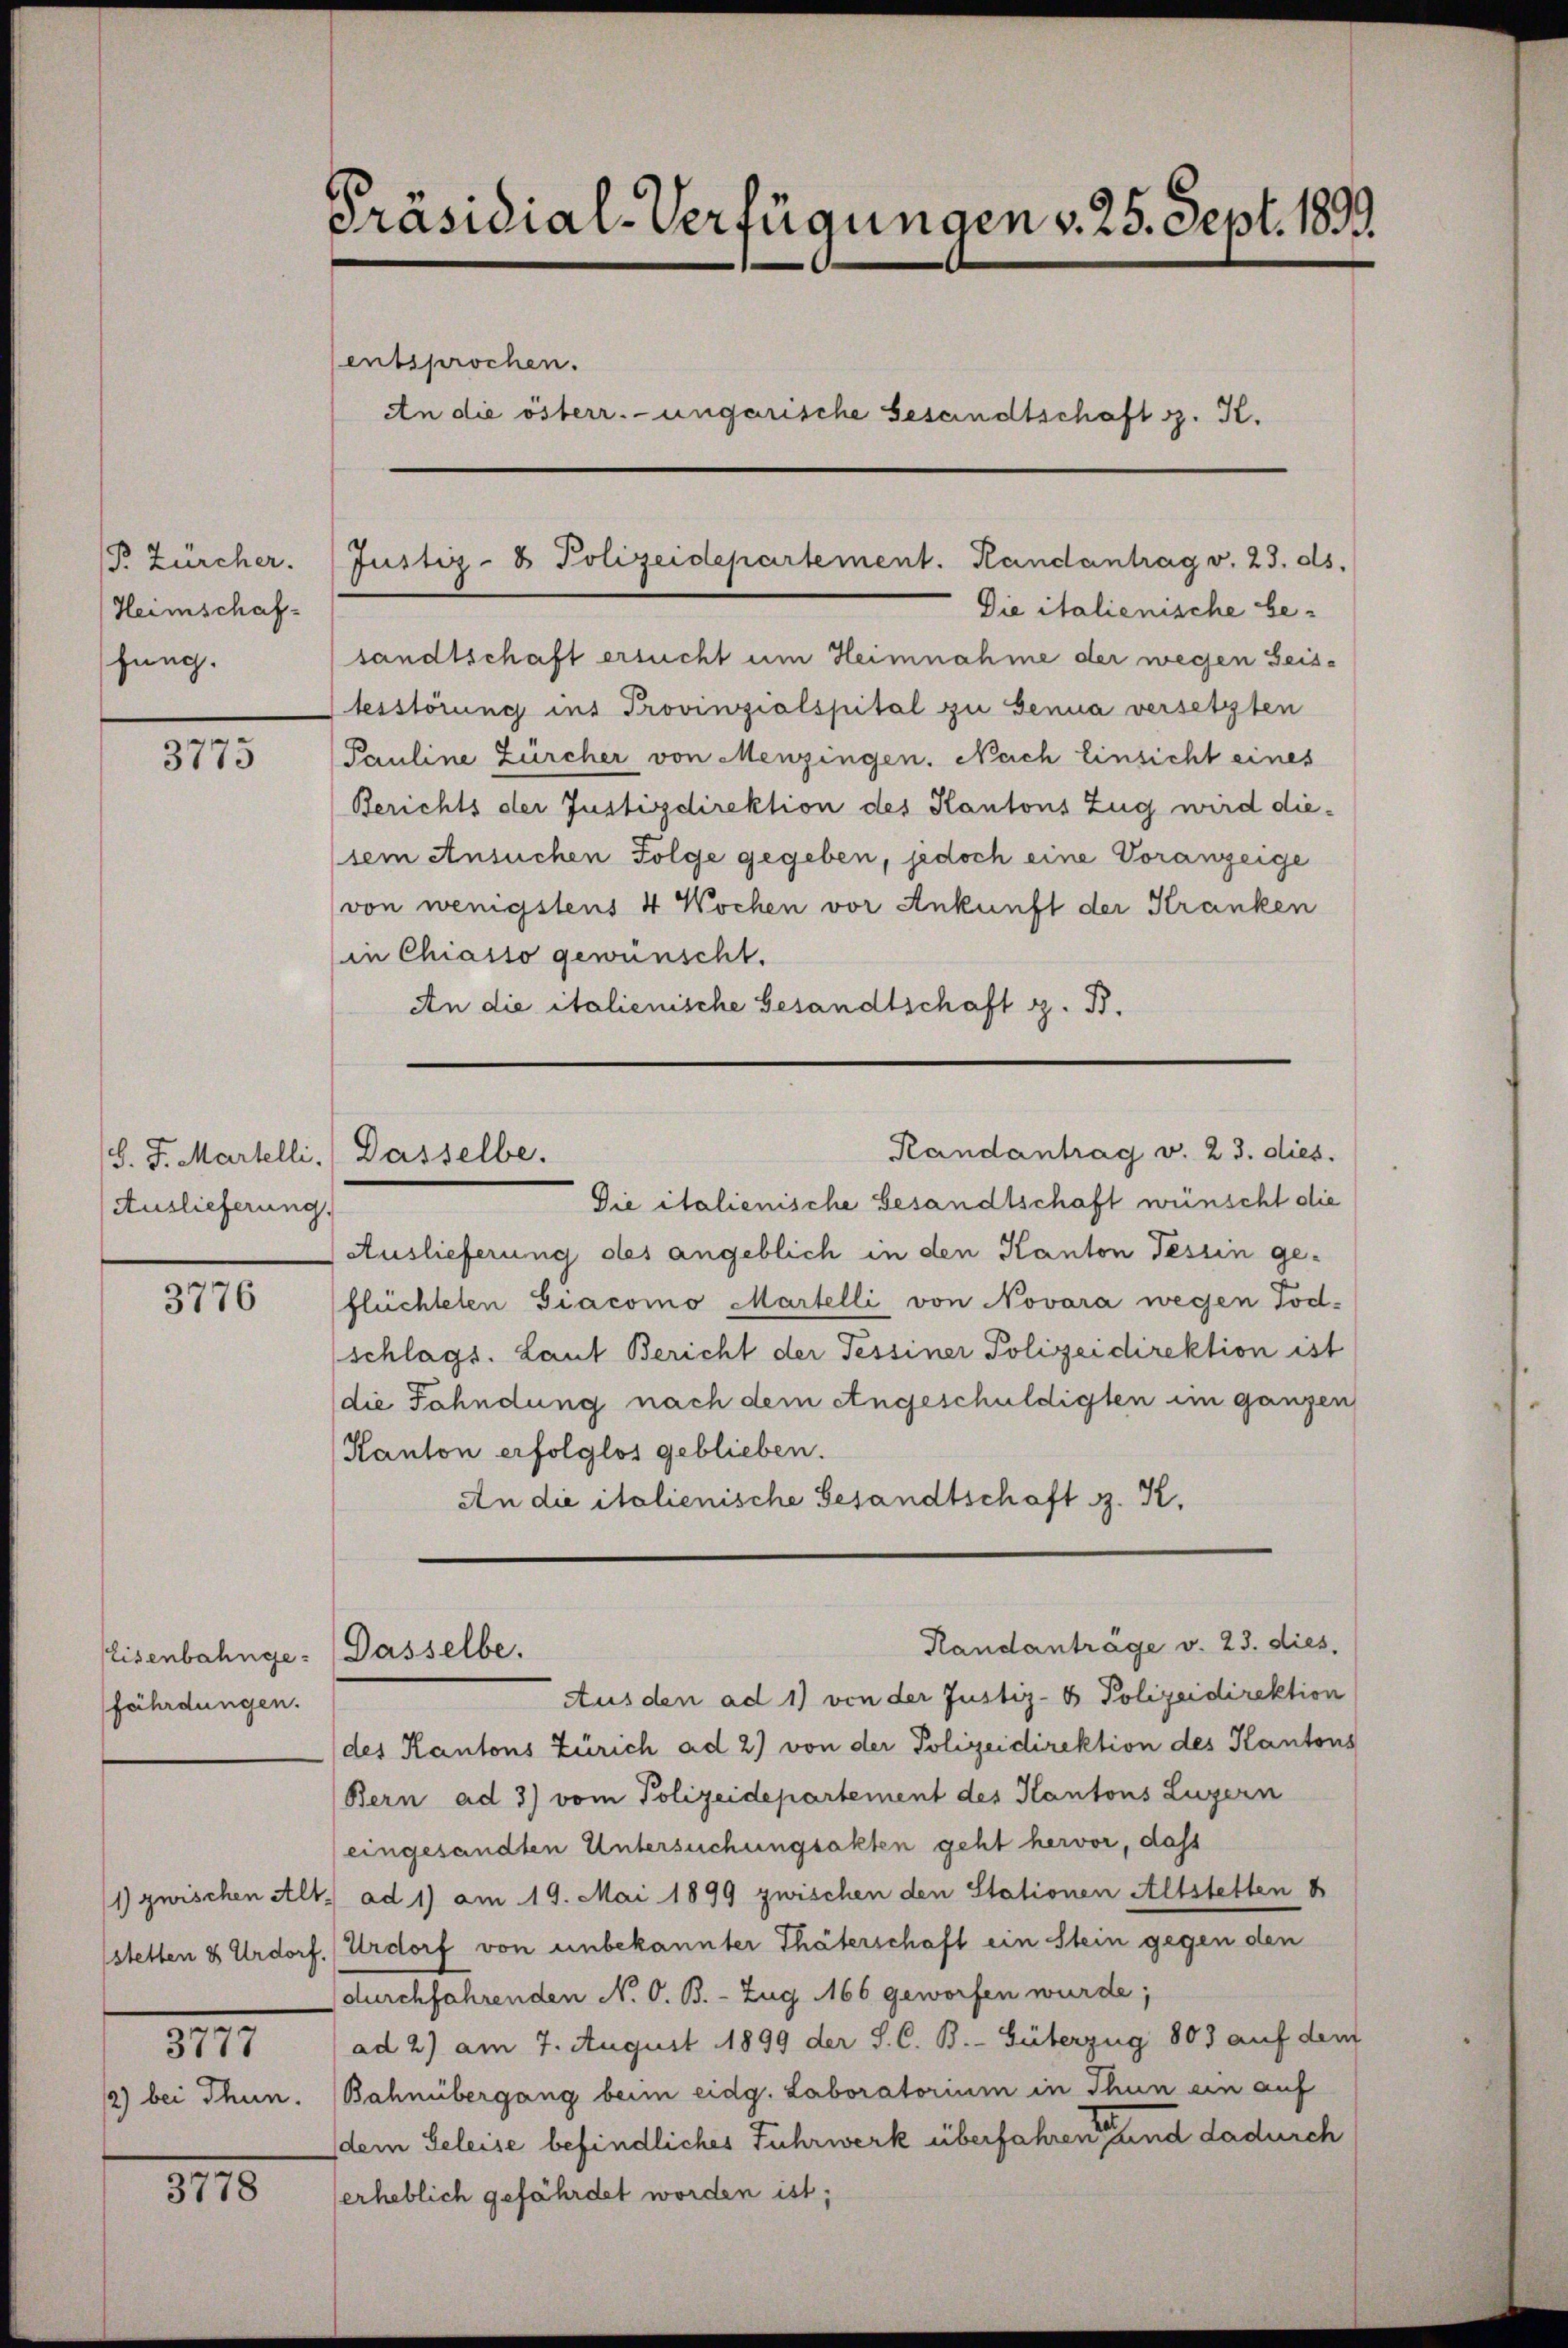
P. Zürcher.
Heimschaffung.

3775

Auslieferung.

3776

fährdungen.

3177

3778

Präsidial-Verfügungen v. 25. Sept. 1890.
entsprochen.
An die österr.-ungarische Gesandtschaft z. K.

Die italienische besandtschaft ersucht um Heimnahme der wegen Geistesstörung ins Provinzialspital zu Genua versetzten
Pauline Zürcher von Menzingen. Nach Einsicht eines
Berichts der Justizdirektion des Kantons Zug wird diesem Ansuchen Folge gegeben, jedoch eine Voranzeige
von wenigstens 4 Wochen vor Ankunft der Kranken
in Chiasso gewünscht.
An die italienische Gesandtschaft z. B.

Eisenbahnge: Dasselbe.

Die italienische Besandtschaft wünscht die
Auslieferung des angeblich in den Kanton Tessin geflüchteten Giacomo Martelli von Novara wegen Tod.
(schlags. Laut Bericht der Tessiner Polizeidirektion ist
die Fahndung nach dem Angeschuldigten im ganzen
Kanton erfolglos geblieben.
An die italienische Gesandtschaft z. K.

Justiz- & Polizeidepartement. Handantrag v. 23. ds.

Randantrag v. 23. dies.
S. J. Martelli. Dasselbe.

Ausden ad 1) von der Justiz- & Polizeidirektion
des Kantons Zürich ad 2) von der Polizeidirektion des Kantons
Bern ad 3) vom Polizeidepartement des Kantons Luzern
eingesandten Untersuchungsakten geht hervor, daß
1) zwischen Alt) ad 1) am 19. Mai 1899 zwischen den Stationen Altstetten
stetten & Urdorf, Urdorf von unbekannter Thäterschaft ein Stein gegen den
durchfahrenden N. O. B. - Zug 166 geworfen wurde;
ad 2) am 7. August 1899 der S. C. B.-Güterzug 803 auf dem
2) bei Thun. Bahnübergang beim eidg. Laboratorium in Thun ein auf
dem Geleise befindliches Fuhrwerk überfahren sei einen und dadurch
erheblich gefährdet worden ist;

Randanträge v. 23. dies,